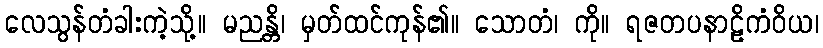
လေသွန်တံခါးကဲ့သို့။ မညန္တိ၊ မှတ်ထင်ကုန်၏။ သောတံ၊ ကို။ ရဇတပနာဠိကံဝိယ၊